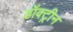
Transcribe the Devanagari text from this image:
डॉक्ट्रीन